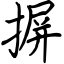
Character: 摒